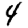
Digit: 4